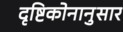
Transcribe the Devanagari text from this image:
दृष्टिकोनानुसार